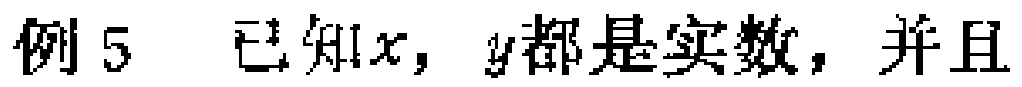
例 5 已知\(x,y\)都是实数，并且